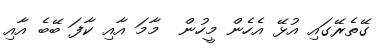
ގޭތެރޭގައި އުޅޭ އެހެން މީހުން  މާމަ އާއި ކާފަ ބޭބެ އާއި